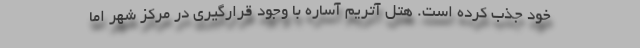
خود جذب کرده است. هتل آتریم آساره با وجود قرارگیری در مرکز شهر اما